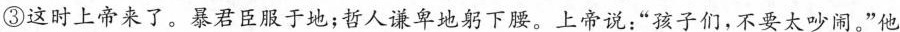
③这时上帝来了。暴君臣服于地；哲人谦卑地躬下腰。上帝说：”孩子们，不要太吵闹。”他